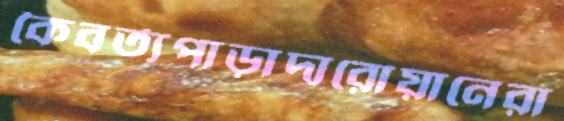
কৈবর্ত্যপাড়াদারোয়ানেরা